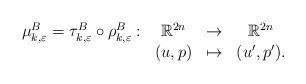
LaTeX: \begin{align*}\begin{matrix}\mu^{B}_{k,\varepsilon} =\tau^{B}_{k,\varepsilon} \circ \rho^{B}_{k,\varepsilon}: & \mathbb{R}^{2n}&\rightarrow &\mathbb{R}^{2n}\\& (u,p) & \mapsto & ({u}',{p}').\end{matrix}\end{align*}